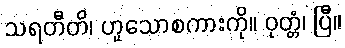
သရတီတိ၊ ဟူသောစကားကို။ ဝုတ္တံ၊ ပြီ။